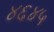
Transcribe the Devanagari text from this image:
४६४५